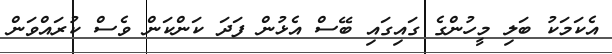
އެކަމަކު ބަލި މީހުންގެ ގައިގައި ބޭސް އެޅުން ފަދަ ކަންކަން ވެސް ކުރައްވަން